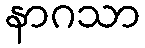
နာဂသာ